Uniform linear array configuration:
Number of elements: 48
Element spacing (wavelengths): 0.5
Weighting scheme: blackman
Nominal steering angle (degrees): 30
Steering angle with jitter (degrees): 28.797
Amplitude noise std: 0.05
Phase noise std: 0.05

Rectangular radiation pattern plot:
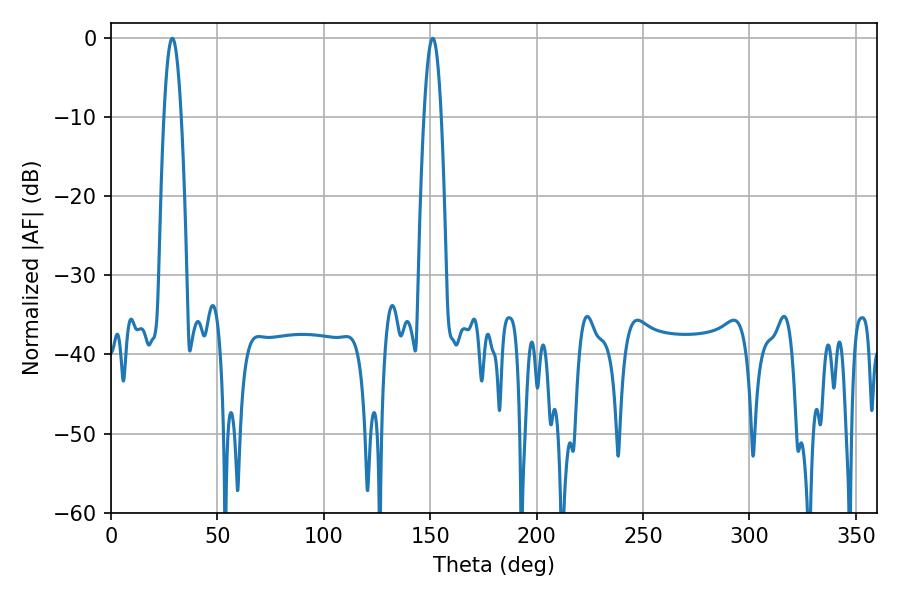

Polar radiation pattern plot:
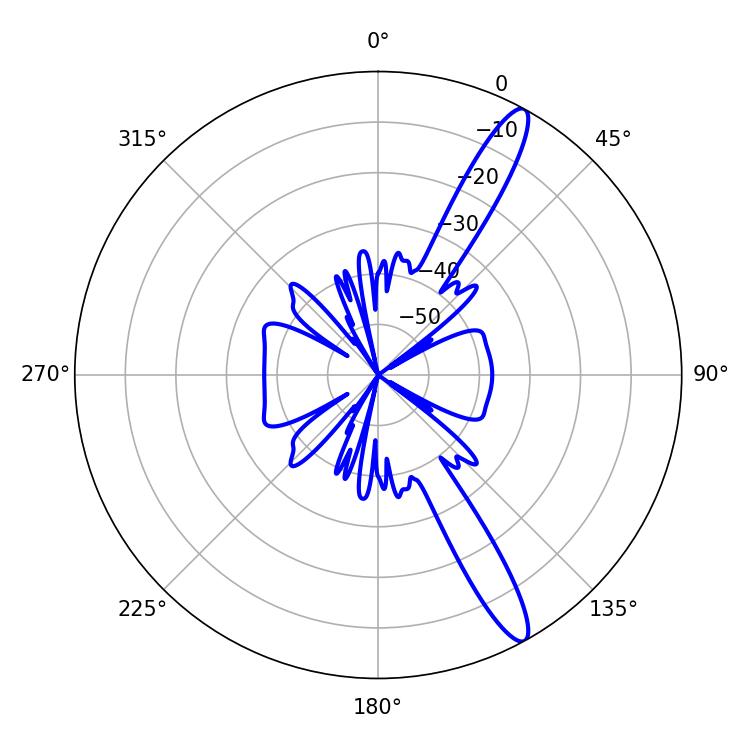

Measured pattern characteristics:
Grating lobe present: FALSE
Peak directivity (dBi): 13.899
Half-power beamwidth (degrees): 4.5
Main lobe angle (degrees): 28.8